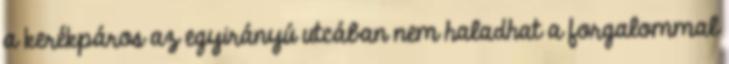
a kerékpáros az egyirányú utcában nem haladhat a forgalommal